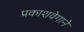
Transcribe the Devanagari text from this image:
प्रकाशवेगाने